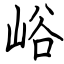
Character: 峪